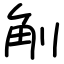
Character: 㓩